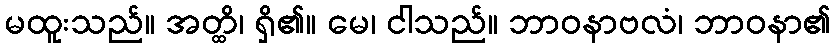
မထူးသည်။ အတ္ထိ၊ ရှိ၏။ မေ၊ ငါသည်။ ဘာဝနာဗလံ၊ ဘာဝနာ၏